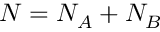
N = N _ { A } + N _ { B }